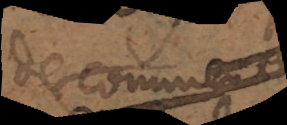
de commun.